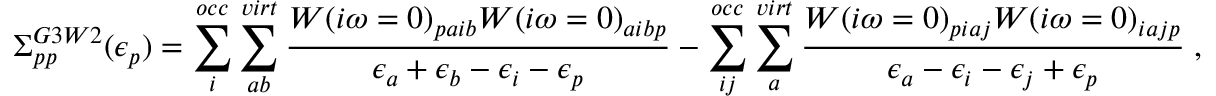
\Sigma _ { p p } ^ { G 3 W 2 } ( \epsilon _ { p } ) = \sum _ { i } ^ { o c c } \sum _ { a b } ^ { v i r t } \frac { W ( i \omega = 0 ) _ { p a i b } W ( i \omega = 0 ) _ { a i b p } } { \epsilon _ { a } + \epsilon _ { b } - \epsilon _ { i } - \epsilon _ { p } } - \sum _ { i j } ^ { o c c } \sum _ { a } ^ { v i r t } \frac { W ( i \omega = 0 ) _ { p i a j } W ( i \omega = 0 ) _ { i a j p } } { \epsilon _ { a } - \epsilon _ { i } - \epsilon _ { j } + \epsilon _ { p } } \; ,